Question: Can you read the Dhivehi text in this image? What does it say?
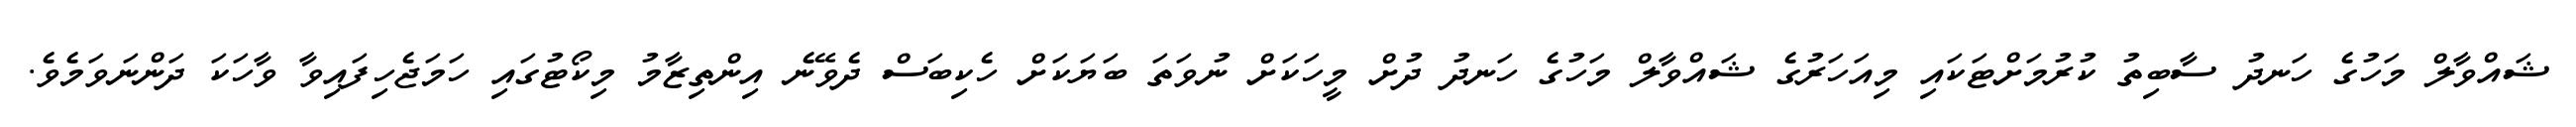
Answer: ޝައްވާލް މަހުގެ ހަނދު ސާބިތު ކުރުމަށްޓަކައި މިއަހަރުގެ ޝައްވާލް މަހުގެ ހަނދު ދުށް މީހަކަށް ނުވަތަ ބަޔަކަށް ހެކިބަސް ދެވޭނެ އިންތިޒާމު މިކޯޓުގައި ހަމަޖެހިފައިވާ ވާހަކަ ދަންނަވަމެވެ.